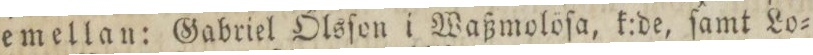
emellan: Gabriel Olsſon i Waßmolöſa, k:de, ſamt Lo=